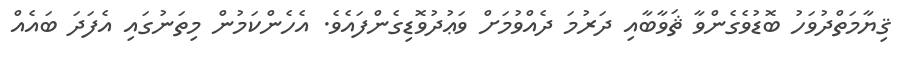
ޤިޔާމަތްދުވަހު ބޮޑުވެގެންވާ ޘަވާބާއި ދަރުމަ ދެއްވުމަށް ވަޢުދުވޮޑިގެންފައެވެ. އެހެންކަމުން މިތަނުގައި އެފަދަ ބައެއް